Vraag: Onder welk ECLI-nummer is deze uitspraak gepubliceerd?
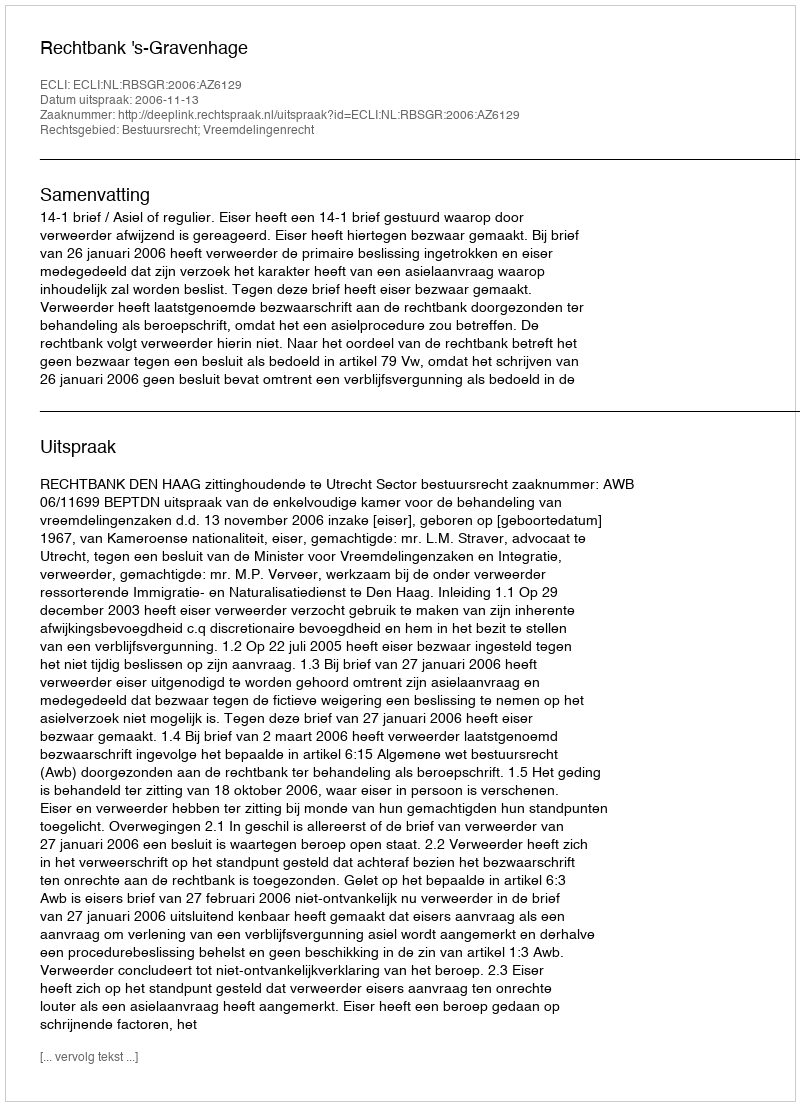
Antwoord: ECLI:NL:RBSGR:2006:AZ6129